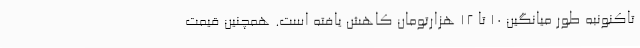
تاکنونبه طور میانگین 10 تا 12 هزارتومان کاهش یافته است. همچنین قیمت